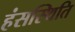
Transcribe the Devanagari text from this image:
हंसस्थिति